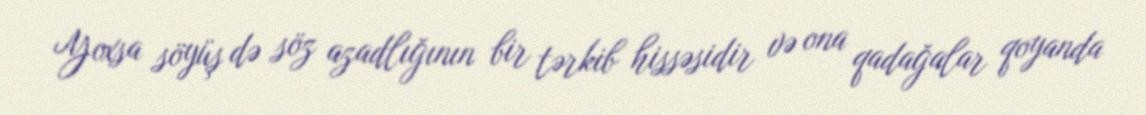
Yoxsa söyüş də söz azadlığının bir tərkib hissəsidir və ona qadağalar qoyanda